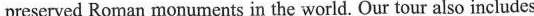
preserved Roman monuments in the worid. Our tour also includes